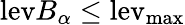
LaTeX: \mathrm{lev}B_{\alpha}\leq\mathrm{lev_{\mathrm{max}}}